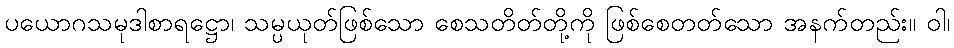
ပယောဂသမုဒါစာရဋ္ဌော၊ သမ္ပယုတ်ဖြစ်သော စေသတိတ်တို့ကို ဖြစ်စေတတ်သော အနက်တည်း။ ဝါ၊